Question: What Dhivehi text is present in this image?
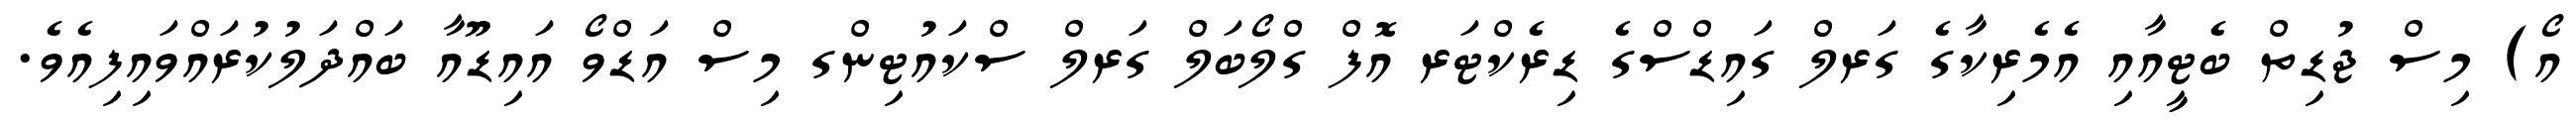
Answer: އޯ) މިސް ޖުޑިތް ބެޓީއާއި އެމެރިކާގެ ގަރލް ގައިޑްސްގެ ޑިރެކްޓަރ އޮފް ގްލޯބަލް ގަރލް ސްކައުޓިންގ މިސް އަޑްވޯ އައިޑޫއާ ބައްދަލުކުރައްވައިފިއެވެ.